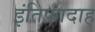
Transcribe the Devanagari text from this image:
इंतिफादाह